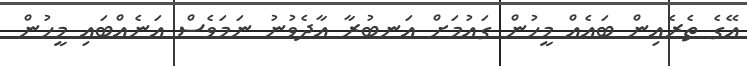
އޭގެ ތެރެއިން ބައެއް މީހުން ގައުމަށް އަނބުރާ އާދެވުނު ނަމަވެސް އަނެއްބައި މީހުން